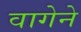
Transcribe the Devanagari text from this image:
वागेने